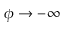
\phi \to - \infty